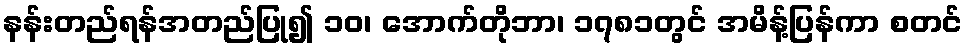
နန်းတည်ရန်အတည်ပြု၍ ၁၀၊ အောက်တိုဘာ၊ ၁၇၈၁တွင် အမိန့်ပြန်ကာ စတင်